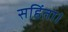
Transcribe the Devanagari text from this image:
सहिंता।